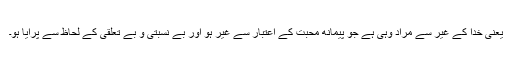
یعنی خدا کے غیر سے مراد وہی ہے جو پیمانهِ محبت کے اعتبار سے غیر ہو اور بے نسبتی و بے تعلقی کے لحاظ سے پرایا ہو۔